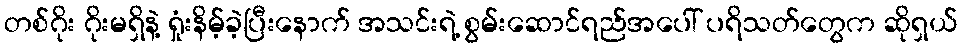
တစ်ဂိုး ဂိုးမရှိနဲ့ ရှုံးနိမ့်ခဲ့ပြီးနောက် အသင်းရဲ့ စွမ်းဆောင်ရည်အပေါ် ပရိသတ်တွေက ဆိုရှယ်